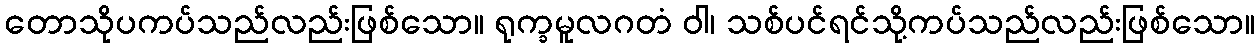
တောသိုပကပ်သည်လည်းဖြစ်သော။ ရုက္ခမူလဂတံ ဝါ၊ သစ်ပင်ရင်သို့ကပ်သည်လည်းဖြစ်သော။